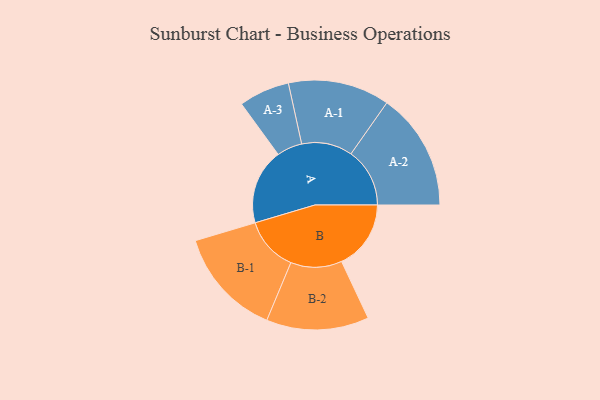
{"axis": {"x": "Segment", "y": "Value"}, "legend": ["", "A", "B"], "data": [{"x": "A", "y": 321, "type": ""}, {"x": "B", "y": 295, "type": ""}, {"x": "A-1", "y": 216, "type": "A"}, {"x": "A-2", "y": 250, "type": "A"}, {"x": "A-3", "y": 108, "type": "A"}, {"x": "B-1", "y": 231, "type": "B"}, {"x": "B-2", "y": 218, "type": "B"}]}